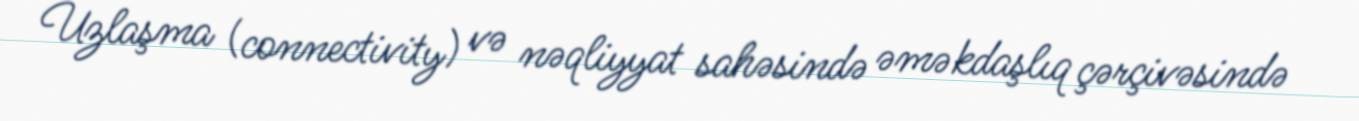
Uzlaşma (connectivity) və nəqliyyat sahəsində əməkdaşlıq çərçivəsində